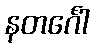
နတင်္ဂေါ